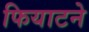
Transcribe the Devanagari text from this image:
फियाटने